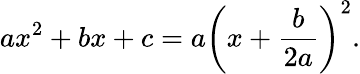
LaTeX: ax^{2}+bx+c=a\left(x+{\frac{b}{2a}}\right)^{2}.